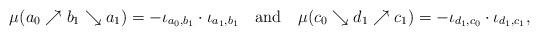
LaTeX: \begin{align*}\mu(a_0\nearrow b_1\searrow a_1)=-\iota_{a_0,b_1}\cdot\iota_{a_1,b_1}\mbox{ \ \ and \ \ }\mu(c_0\searrow d_1\nearrow c_1)=-\iota_{d_1,c_0}\cdot\iota_{d_1,c_1},\end{align*}